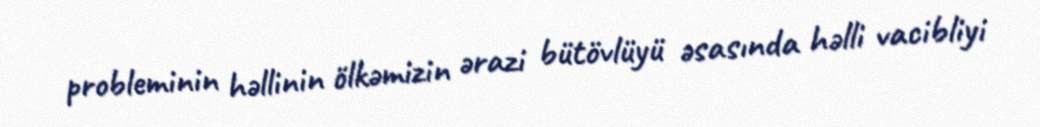
probleminin həllinin ölkəmizin ərazi bütövlüyü əsasında həlli vacibliyi